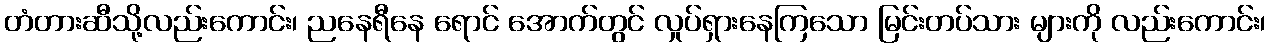
တံတားဆီသို့လည်းကောင်း၊ ညနေရီနေ ရောင် အောက်တွင် လှုပ်ရှားနေကြသော မြင်းတပ်သား များကို လည်းကောင်း၊